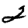
Digit: 2